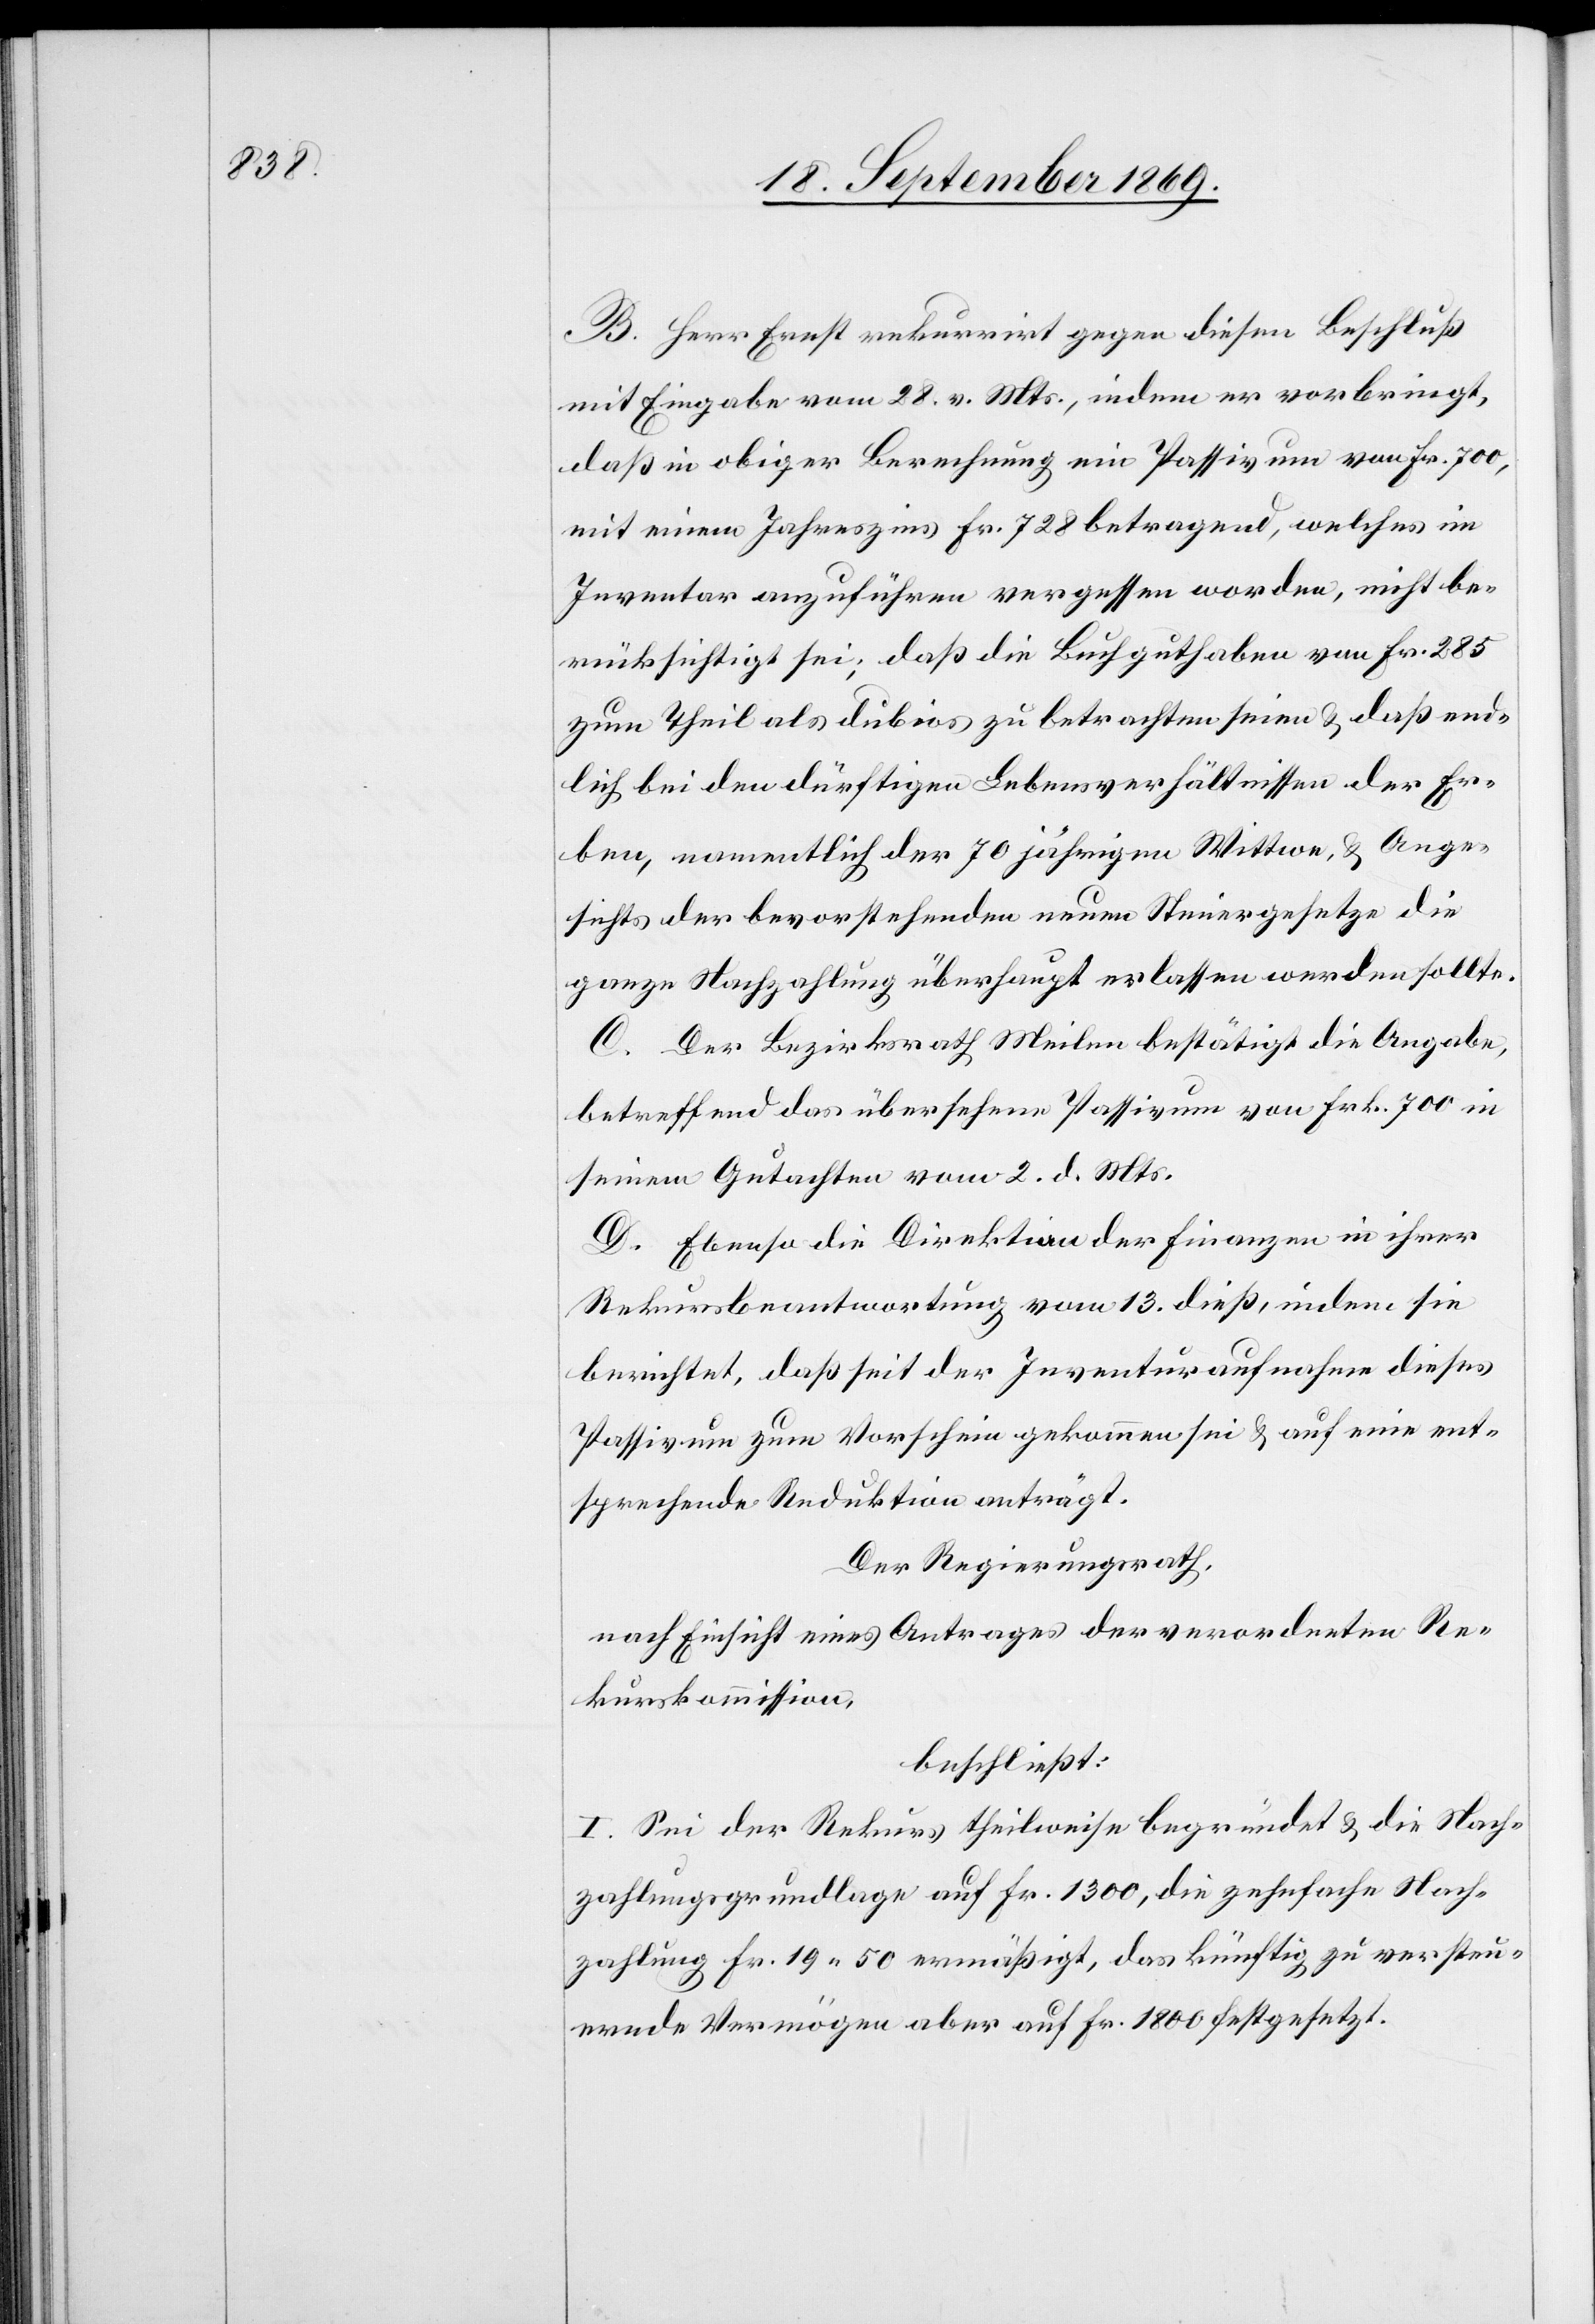
B. Herr Ernst rekurrirt gegen diesen Beschluß
mit Eingabe vom 28. v. Mts., indem er vorbringt,
daß in obiger Berechnung ein Passivum von Fr. 700,
mit einem Jahreszins Fr. 728 betragend, welches im
Inventar anzuführen vergessen worden, nicht be¬
rücksichtigt sei; daß die Buchguthaben von Fr. 285
zum Theil als dubios zu betrachten seien & daß end¬
lich bei den dürftigen Lebensverhältnissen der Er¬
ben, namentlich der 70 jährigen Wittwe, & Ange¬
sichts der bevorstehenden neuen Steuergesetze die
ganze Nachzahlung überhaupt erlassen werden sollte.
C. Der Bezirksrath Meilen bestätigt die Angabe,
betreffend das übersehene Passivum von Frk. 700 in
seinem Gutachten vom 2. d. Mts.
D. Ebenso die Direktion der Finanzen in ihrer
Rekursbeantwortung vom 13. dieß, indem sie
berichtet, daß seit der Inventuraufnahme dieses
Passivum zum Vorschein gekommen sei & auf eine ent¬
sprechende Reduktion anträgt.
Der Regierungsrath,
nach Einsicht eines Antrages der verordneten Re¬
kurskommission,
beschließt:
I. Sei der Rekurs theilweise begründet & die Nach¬
zahlungsgrundlage auf Fr. 1300, die zehnfache Nach¬
zahlung Fr. 19 50 ermäßigt, das künftig zu versteu¬
ernde Vermögen aber auf Fr. 1800 festgesetzt.